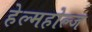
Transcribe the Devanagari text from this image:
हेल्महोल्ज